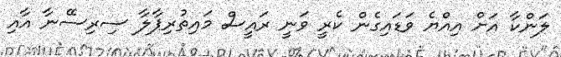
ލަންކާ އަށް އިއްޔެ ވަޑައިގެން ކެރީ ވަނީ ރައީސް މައިތުރިޕާލާ ސިރިސޭނާ އާއި